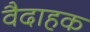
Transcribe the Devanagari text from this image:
वैदाहक